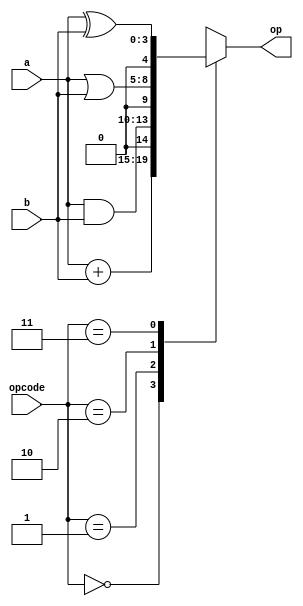
module alu_4(
    input [3:0]a,b,
    input [1:0]opcode,
    output reg [4:0]op);
	 
	always @ (opcode, a, b)
        case(opcode)
                    2'd0: op = a + b;
                    2'd1: op = a & b;
                    2'd2: op = a | b;
                    2'd3: op = a ^ b;
        endcase
endmodule